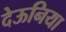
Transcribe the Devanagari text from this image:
देऊनिया